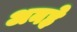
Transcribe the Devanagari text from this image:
अनहे